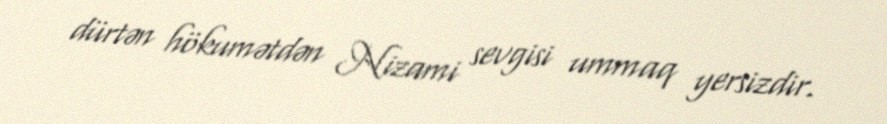
dürtən hökumətdən Nizami sevgisi ummaq yersizdir.